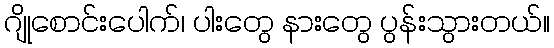
ဂျိုစောင်းပေါက်၊ ပါးတွေ နားတွေ ပွန်းသွားတယ်။